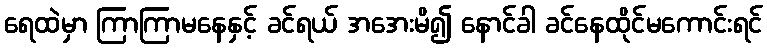
ရေထဲမှာ ကြာကြာမနေနှင့် ခင်ရယ် အအေးမိ၍ နောင်ခါ ခင်နေထိုင်မကောင်းရင်